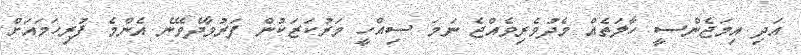
އަދި އިމަޖެންސީ ހާލަތެއް މެދުވެރިވެއްޖެ ނަމަ ސިއްހީ މަރުކަޒަކުން ފަރުވާދެވޭނެ އެންމެ ފުރިހަމައަށް